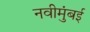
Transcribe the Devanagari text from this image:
नवीमुंबई